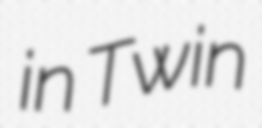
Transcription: in Twin